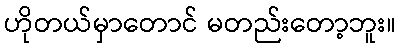
ဟိုတယ်မှာတောင် မတည်းတော့ဘူး။